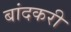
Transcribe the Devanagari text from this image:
बांदकरी